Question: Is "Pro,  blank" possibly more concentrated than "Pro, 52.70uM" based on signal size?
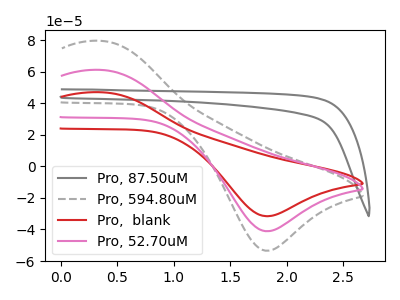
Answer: <think>The gray curve "Pro, 87.50uM" has no peaks. The gray dashed curve "Pro, 594.80uM" has an anodic peak at (0.35V, 122.20uA) and a cathodic peak at (1.80V, -82.20uA). The red curve "Pro,  blank" has an anodic peak at (0.35V, 46.95uA) and a cathodic peak at (1.80V, -31.60uA). The pink curve "Pro, 52.70uM" has an anodic peak at (0.35V, 61.10uA) and a cathodic peak at (1.80V, -41.10uA).
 All the peaks in "Pro,  blank" have a peak in "Pro, 52.70uM" at the same potential. Every peak in "Pro,  blank" is lower than every peak in "Pro, 52.70uM".</think>
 <answer>"Pro,  blank" has less signal than "Pro, 52.70uM".</answer>
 <eval>less_signal</eval>